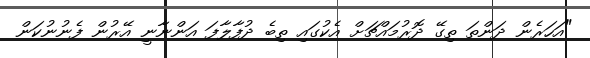
"އަހަރެން ދަންތަ ތިގޭ ދޮރުމައްޗަށް އެކުގައި ތިބެ ދުފާލާފަ އަންނާނީ އޭރުން ފެނުނުކަން